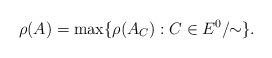
LaTeX: \begin{align*}\rho(A)=\max\{\rho(A_C):C\in E^0/\!\!\sim\}.\end{align*}